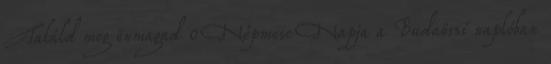
Találd meg önmagad 0 Népmese Napja a Budaörsi naplóban